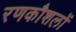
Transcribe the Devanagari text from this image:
रणकौशलों